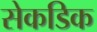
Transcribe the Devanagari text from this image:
सेकडिक